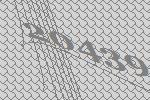
20439